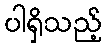
ပါရှိသည့်